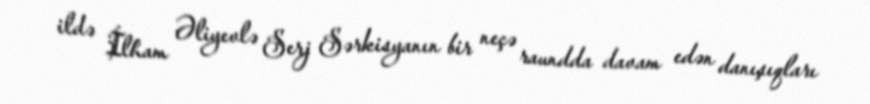
ildə İlham Əliyevlə Serj Sərkisyanın bir neçə raundda davam edən danışıqları